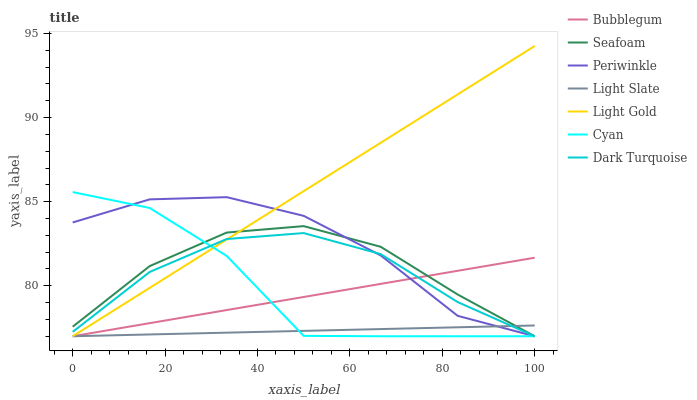
| xaxis_label | Bubblegum | Seafoam | Periwinkle | Light Slate | Light Gold | Cyan | Dark Turquoise |
 | --- | --- | --- | --- | --- | --- | --- | --- |
 | 0 | 77 | 77.6 | 83.8 | 77 | 77 | 85.6 | 77.3 |
 | 16.7 | 77.8 | 81.2 | 85.1 | 77.1 | 79.9 | 84.6 | 80.8 |
 | 33.3 | 78.6 | 83.2 | 85.3 | 77.2 | 82.8 | 81.8 | 82.8 |
 | 50 | 79.3 | 83.5 | 84.2 | 77.3 | 85.6 | 77 | 83.1 |
 | 66.7 | 80.1 | 82.3 | 81.8 | 77.4 | 88.5 | 77 | 81.9 |
 | 83.3 | 80.9 | 79.5 | 78.2 | 77.5 | 91.4 | 77 | 79 |
 | 100 | 81.7 | 77 | 77 | 77.6 | 94.3 | 77 | 77 |